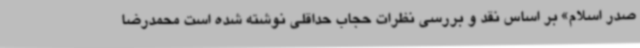
صدر اسلام» بر اساس نقد و بررسی نظرات حجاب حداقلی نوشته شده است محمدرضا